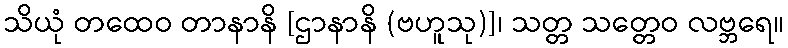
သိယုံ တထေဝ တာနာနိ [ဌာနာနိ (ဗဟူသု)]၊ သတ္တ သတ္တေဝ လဗ္ဘရေ။